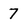
Character: 7